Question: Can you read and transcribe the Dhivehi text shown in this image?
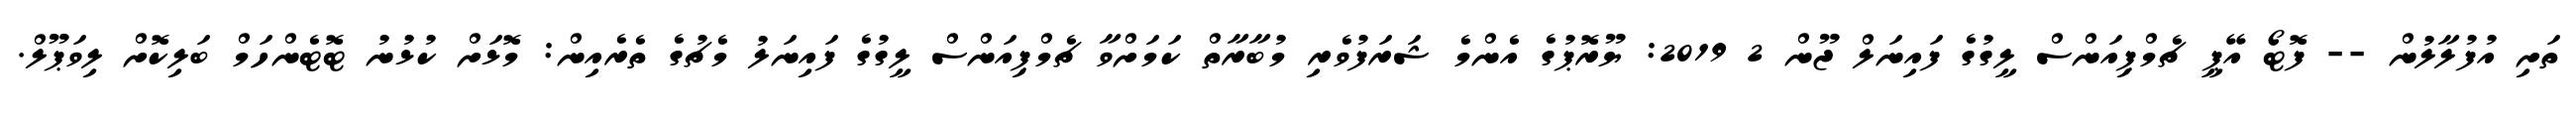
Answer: ތަށި އުފުލާލުން -- ފޮޓޯ އޭޕީ ޗެމްޕިއަންސް ލީގުގެ ފައިނަލް ޖޫން 2 2019: ޔޫރޮޕުގެ އެންމެ ޝަރަފުވެރި މުބާރާތް ކަމަށްވާ ޗެމްޕިއަންސް ލީގުގެ ފައިނަލު މެޗުގެ ތެރެއިން: މޮޅަށް ކުޅުނު ޓޮޓެންހަމް ބަލިކޮށް ލިވަޕޫލް.